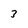
Character: 3